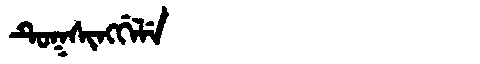
Manchu: ᡨᡠᡴᠰᡳᠩᡤᡝᠯᡝ
Romanization: TUKSINGGELE